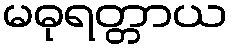
မဓုရတ္တာယ